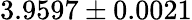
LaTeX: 3.9597\pm 0.0021